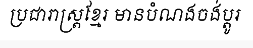
ប្រជារាស្ត្រខ្មែរ មានបំណងចង់ប្តូរ